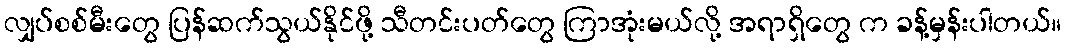
လျှပ်စစ်မီးတွေ ပြန်ဆက်သွယ်နိုင်ဖို့ သီတင်းပတ်တွေ ကြာအုံးမယ်လို့ အရာရှိတွေ က ခန့်မှန်းပါတယ်။